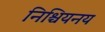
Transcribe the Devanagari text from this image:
निश्चियनय